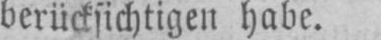
berücksichtigen habe.